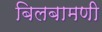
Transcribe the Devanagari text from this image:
बिलबामणी